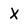
Character: X